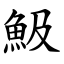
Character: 魥